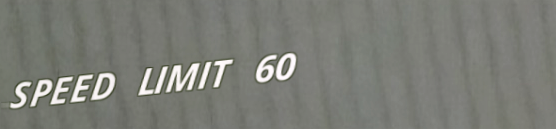
SPEED LIMIT 60